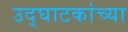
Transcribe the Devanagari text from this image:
उद्घाटकांच्या